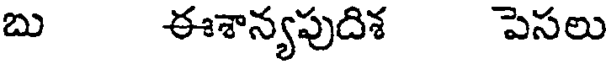
బు ఈశాన్యపుదిశ పెసలు